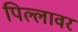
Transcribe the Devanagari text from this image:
पिल्लावर